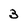
Character: 3